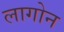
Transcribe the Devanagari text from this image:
लागोन